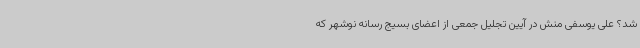
شد؟ علی یوسفی منش در آیین تجلیل جمعی از اعضای بسیج رسانه نوشهر که